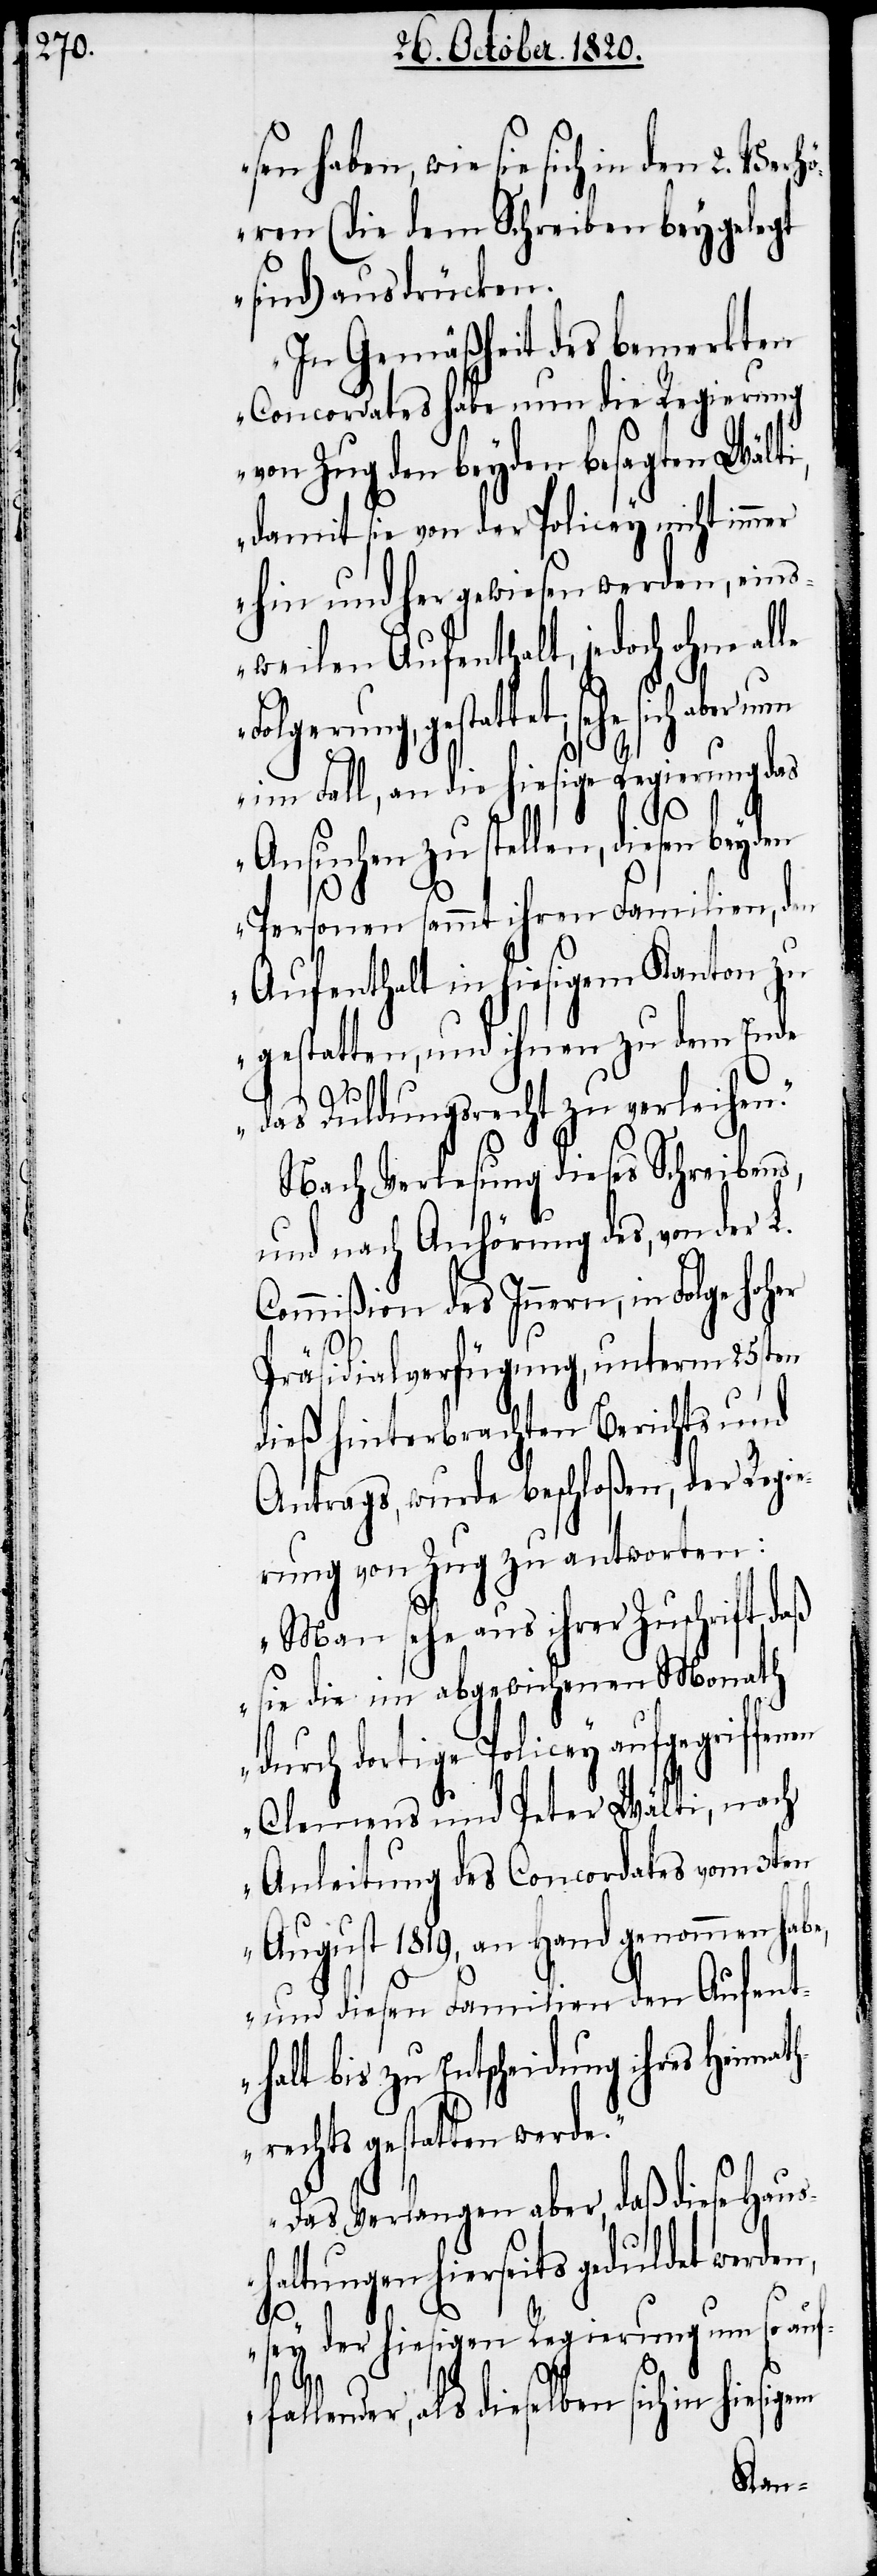
ören (die dem Schreiben beygelegt
sind) ausdrücken.
In Gemäßigkeit des bemerkten
Concordates habe nun die Regierung
von Zug den beyden besagten Wälti,
damit sie von der Policey nicht immer
hin und her gewiesen werden, eins¬
weilen Aufenthalt, jedoch ohne al¬
haben, wie sie sich in
im Fall, an die hiesige Regierung das
Ansuchen zu stellen, diesen
Personen sammt ihren Familien, den
Aufenthalt in hiesigem Kanton zu
gestatten, und ihnen zu dem Ende
Verh¬
das Duldungsrecht zu verleihen“.
Nach Verlesung dieses Schreibens,
und nach Anhörung des, von der L.
Commißion des Innern, in Folge
Präsidialverfügung, unterm 25sten
dieß hinterbrachten Berichts und
Antrags, wurde beschloßen, der Regie¬
rung von Zug zu antworten.
„Man sehe aus ihrer Zuschrift,
sie die im abgewichenen Monath
durch dortige Policey aufgegriffenen
Clemens und Peter Wälti, nach
Anleitung des Concordates vom 3ten
August 1819, an Hand genommen habe,
und diesen Familien den Aufenth¬
alt bis zu Entscheidung ihres Heima¬
threchts gestatten werde.
le
Das Verlangen aber, daß diese Haus¬
haltungen hierseits geduldet werden,
sey der hiesigen Regierung um so auf¬
lender, als dieselben sich in
fal¬